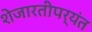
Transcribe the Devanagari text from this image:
शेजारतीपर्यंत